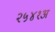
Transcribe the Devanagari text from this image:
२५४१अ